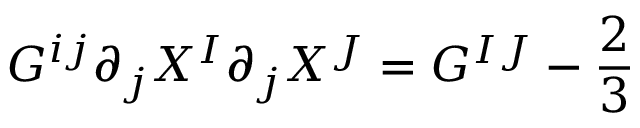
{ \cal G } ^ { i j } \partial _ { j } X ^ { I } \partial _ { j } X ^ { J } = G ^ { I J } - { \frac { 2 } { 3 } }